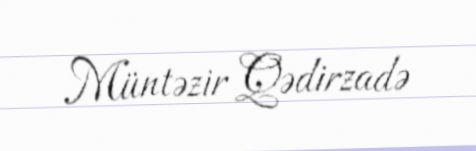
Müntəzir Qədirzadə